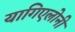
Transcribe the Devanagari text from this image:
यागिएलोनी